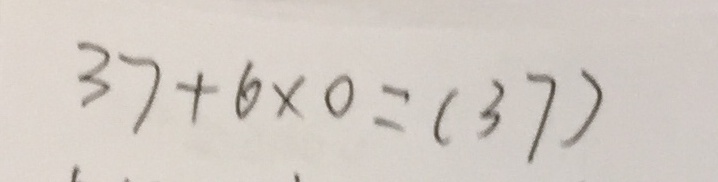
3 7 + 6 \times 0 = ( 3 7 )